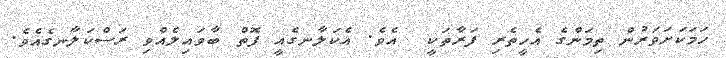
ހަމަކަށަވަރުން ތިމަންގެ އެހީތެރި ފަރާތަކީ  އެވެ. އެކަލާނގެއީ ފޮތް ބާވައިލެއްވި ރަސްކަލާނގެއެވެ.